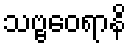
သဗ္ဗဝေရာနိ